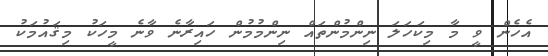
އެހެން ވީ މާ މިކަހަލަ ނިންމުންތައް ނިންމުމުން ހައިރާނެ ވާނެ މީހަކު މިޤައުމަކު